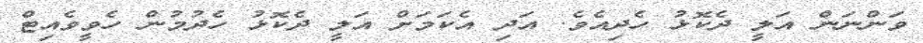
ވަންނަން އަލީ ދެކޮޅު ހެދިއެވެ. އަދި އެކަމަށް އަލީ ދެކޮޅު ހެދުމުން ހެވީވެއިޓް